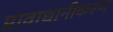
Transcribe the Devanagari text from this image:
प्रावाधानीकरण